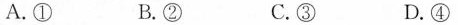
A.① B.② C.③ D.④